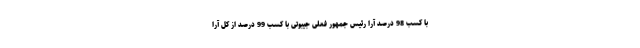
با کسب 98 درصد آرا رئیس جمهور فعلی جیبوتی با کسب 99 درصد از کل آرا